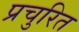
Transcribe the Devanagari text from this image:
प्रचुरित